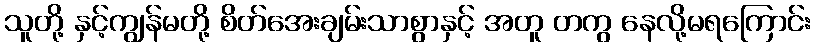
သူတို့ နှင့်ကျွန်မတို့ စိတ်အေးချမ်းသာစွာနှင့် အတူ တကွ နေလို့မရကြောင်း